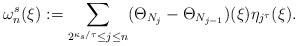
LaTeX: \begin{align*}\omega_n^s(\xi):= \sum_{2^{\kappa_s/\tau} \leq j \leq n} (\Theta_{N_j} - \Theta_{N_{j-1}})(\xi)\eta_{j^\tau}(\xi). \end{align*}